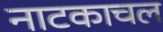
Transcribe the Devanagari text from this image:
नाटकाचल